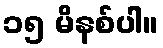
၁၅ မိနစ်ပါ။